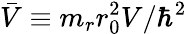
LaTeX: \bar{V}\equiv m_{r}r_{0}^{2}V/\hbar^{2}